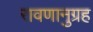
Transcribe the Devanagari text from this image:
रावणानुग्रह